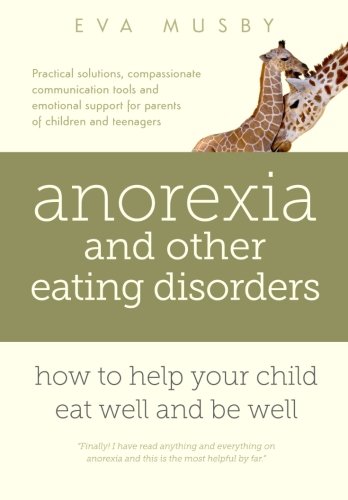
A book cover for Anorexia and other Eating Disorders: how to help your child eat well and be well: Practical solutions, compassionate communication tools and emotional support for parents of children and teenagers; Eva Musby; Self-Help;